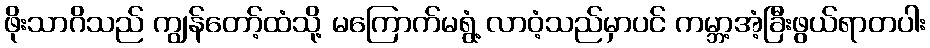
ဖိုးသာဂိသည် ကျွန်တော့်ထံသို့ မကြောက်မရွံ့ လာဝံ့သည်မှာပင် ကမ္ဘာ့အံ့ခြီးဖွယ်ရာတပါး